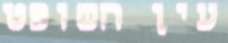
עין השופט